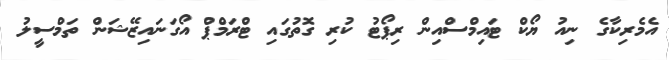
އެމެރިކާގެ ނިއު ޔޯކް ޓައިމްސްއިން ރިޕޯޓު ކުރި ގޮތުގައި ޓްރަމްޕް އޯގަނައިޒޭޝަން ތަމްސީލު